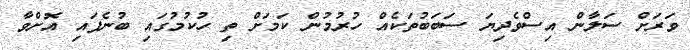
ވަރަށް ސަލާން އިސްވެދިޔަ ސަބަބުތަކެއް ހުރުމުން ކަމަށް ތި ހުކުމުގައި ބުނެފައި އޮށްވާ